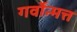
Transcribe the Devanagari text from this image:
गर्वोन्मत्त